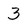
Character: 3